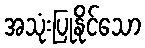
အသုံးပြုနိုင်သော